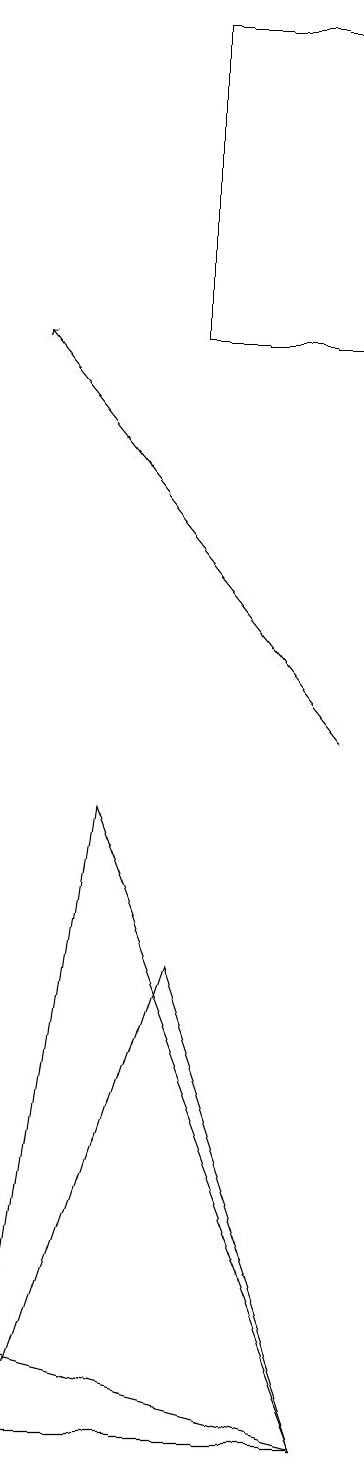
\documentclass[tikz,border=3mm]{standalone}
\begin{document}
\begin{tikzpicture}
\draw[->] (5,10) -- (1,15);
\draw (2,9) -- (5,1) -- (1,2) -- cycle;
\draw (5,1) -- (3,7) -- (1,1) -- cycle;
\draw (5,15) rectangle (3,19);
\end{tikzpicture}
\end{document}